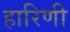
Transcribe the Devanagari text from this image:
हारिणी